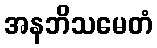
အနဘိသမေတံ